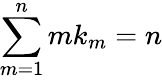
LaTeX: \sum_{m=1}^{n}mk_{m}=n